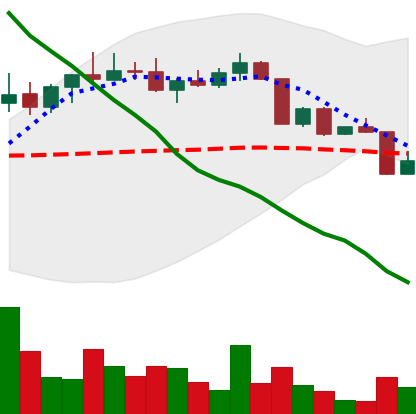
Ticker: ADA-USD
Chart end date: 2022-04-12
Forward return: -3.945%
Label: down_3_5